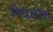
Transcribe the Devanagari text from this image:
मित्रलोक